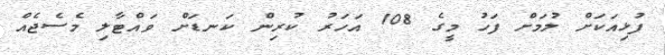
ފުޅިއަކަށް ލުމަށް ފަހު މީގެ 108 އަހަރު ކުރިން ކަނޑަށް ވައްޓާލި މެސެޖެއް